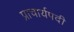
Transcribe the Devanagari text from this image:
प्राचार्यपदी